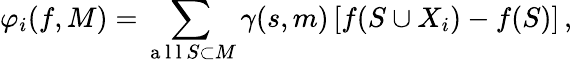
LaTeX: \varphi_{i}(f,M)=\sum_{\mathrm{~a~l~l~}S\subset M}\gamma(s,m)\left[f(S\cup X_{i})-f(S)\right]\, ,